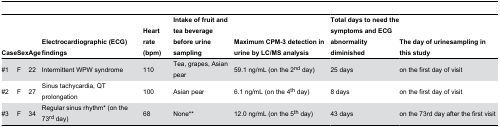
| Case | Sex | Age | Electrocardiographic (ECG) findings | Heart rate (bpm) | Intake of fruit and tea beverage before urine sampling | Maximum CPM-3 detection in urine by LC/MS analysis | Total days to need the symptoms and ECG abnormality diminished | The day of urinesampling in this study |
 | --- | --- | --- | --- | --- | --- | --- | --- | --- |
 | #1 | F | 22 | Intermittent WPW syndrome | 110 | Tea, grapes, Asian pear | 59.1 ng/mL (on the 2nd day) | 25 days | on the first day of visit |
 | #2 | F | 27 | Sinus tachycardia, QT prolongation | 100 | Asian pear | 6.1 ng/mL (on the 4th day) | 8 days | on the first day of visit |
 | #3 | F | 34 | Regular sinus rhythm* (on the 73rd day) | 68 | None** | 12.0 ng/mL (on the 5th day) | 43 days | on the 73rd day after the first visit |